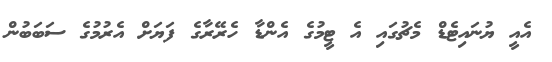
އެއީ ޔުނައިޓެޑް މެޗުގައި އެ ޓީމުގެ އެންޑާ ހެރޭރާގެ ފަޔަށް އެރުމުގެ ސަބަބުން